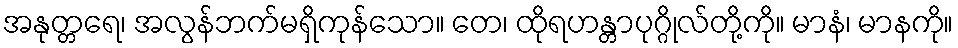
အနုတ္တရေ၊ အလွန်ဘက်မရှိကုန်သော။ တေ၊ ထိုရဟန္တာပုဂ္ဂိုလ်တို့ကို။ မာနံ၊ မာနကို။